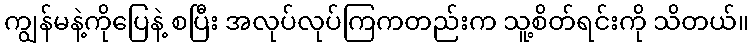
ကျွန်မနဲ့ကိုပြေနဲ့ စပြီး အလုပ်လုပ်ကြကတည်းက သူ့စိတ်ရင်းကို သိတယ်။